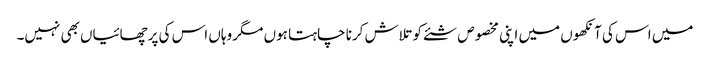
میں اس کی آنکھوں میں اپنی مخصوص شئے کو تلاش کرنا چاہتا ہوں مگر وہاں اس کی پرچھائیاں بھی نہیں۔